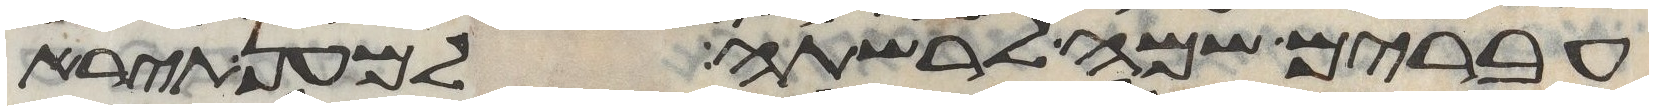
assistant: עברים שמה לרשתה למען תירא